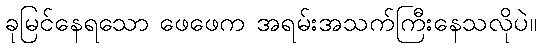
ခုမြင်နေရသော ဖေဖေက အရမ်းအသက်ကြီးနေသလိုပဲ။